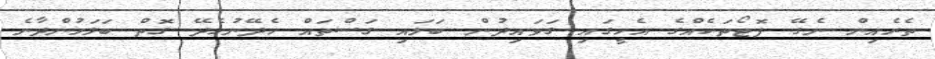
ތެރެއިން ނެގޭ ފޮޓޯތަކެއްގެ އެހީގައި ގަވައިދުން ބަލައި ގަސްތައް ހެދޭނުހެދޭ ގޮތް ބަލަމުންދާނެ